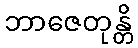
ဘာဇေတုန္တိ